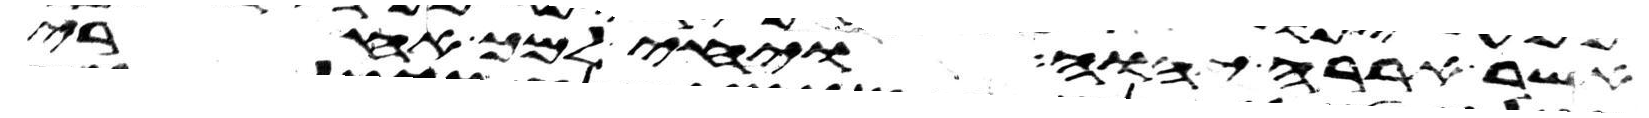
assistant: אשר אררה יהוה ויחי למך אחרי